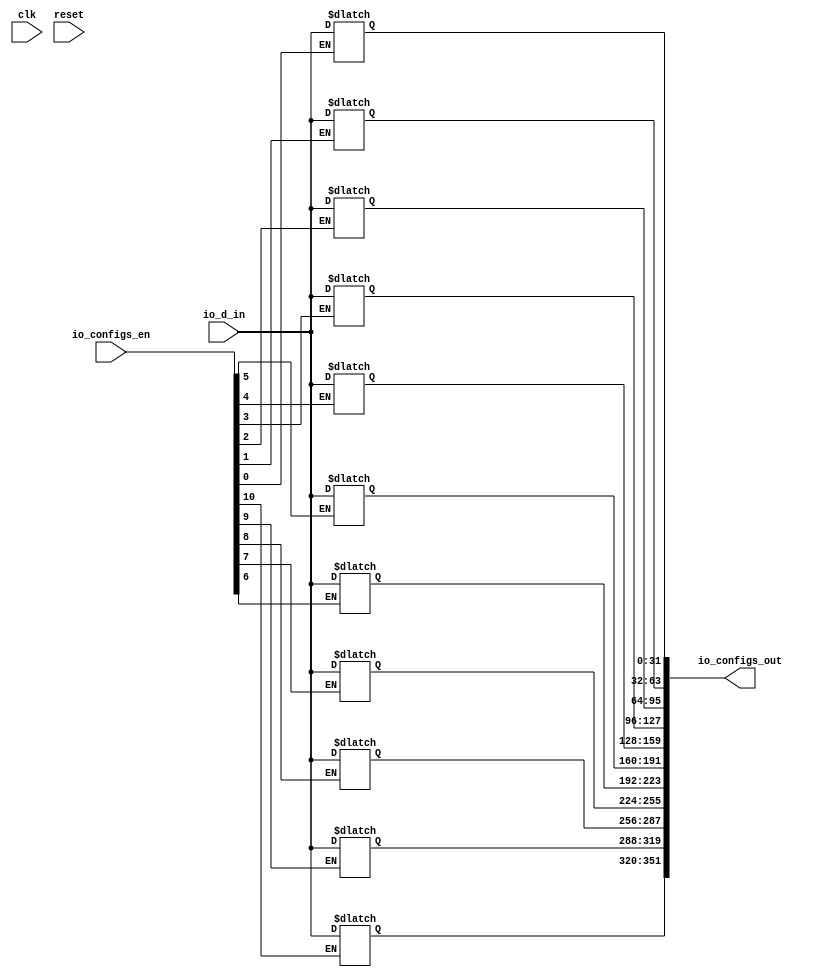
module configs_latches(input clk, input reset,
    input [31:0] io_d_in,
    input [10:0] io_configs_en,
    output reg [351:0] io_configs_out);

    always @ (io_configs_en[0] or io_d_in)
        begin
             if (io_configs_en[0])
                  begin
                      io_configs_out[31:0] = io_d_in;
                  end
        end

    always @ (io_configs_en[1] or io_d_in)
        begin
             if (io_configs_en[1])
                  begin
                      io_configs_out[63:32] = io_d_in;
                  end
        end

    always @ (io_configs_en[2] or io_d_in)
        begin
             if (io_configs_en[2])
                  begin
                      io_configs_out[95:64] = io_d_in;
                  end
        end

    always @ (io_configs_en[3] or io_d_in)
        begin
             if (io_configs_en[3])
                  begin
                      io_configs_out[127:96] = io_d_in;
                  end
        end

    always @ (io_configs_en[4] or io_d_in)
        begin
             if (io_configs_en[4])
                  begin
                      io_configs_out[159:128] = io_d_in;
                  end
        end

    always @ (io_configs_en[5] or io_d_in)
        begin
             if (io_configs_en[5])
                  begin
                      io_configs_out[191:160] = io_d_in;
                  end
        end

    always @ (io_configs_en[6] or io_d_in)
        begin
             if (io_configs_en[6])
                  begin
                      io_configs_out[223:192] = io_d_in;
                  end
        end

    always @ (io_configs_en[7] or io_d_in)
        begin
             if (io_configs_en[7])
                  begin
                      io_configs_out[255:224] = io_d_in;
                  end
        end

    always @ (io_configs_en[8] or io_d_in)
        begin
             if (io_configs_en[8])
                  begin
                      io_configs_out[287:256] = io_d_in;
                  end
        end

    always @ (io_configs_en[9] or io_d_in)
        begin
             if (io_configs_en[9])
                  begin
                      io_configs_out[319:288] = io_d_in;
                  end
        end

    always @ (io_configs_en[10] or io_d_in)
        begin
             if (io_configs_en[10])
                  begin
                      io_configs_out[351:320] = io_d_in;
                  end
        end

endmodule